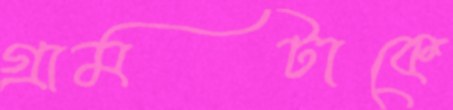
গ্রামটাকে